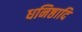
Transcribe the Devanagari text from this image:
धनिष्ठादि